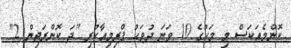
ކޮންމެއަކަސް މި މަހުގެ 10 ވަނަ ދުވަހު ޕްރިމިއާކުރި "ދަ ކޮންރަޖިން 2"